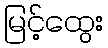
မြင့်ထွေး